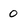
Character: 0